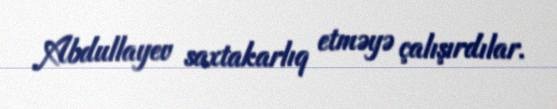
Abdullayev saxtakarlıq etməyə çalışırdılar.